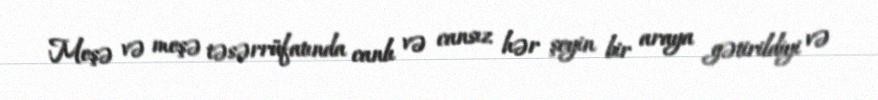
Meşə və meşə təsərrüfatında canlı və cansız hər şeyin bir araya gətirildiyi və